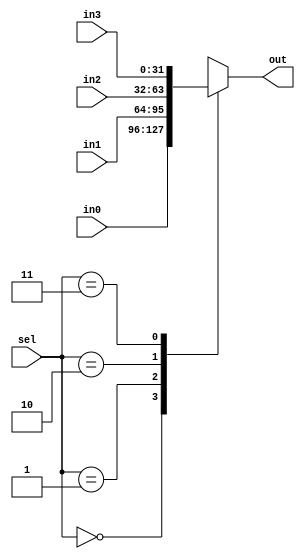
`timescale 1ns / 1ps
//////////////////////////////////////////////////////////////////////////////////
// Company: 
// Engineer: 
// 
// Design Name: 
// Module Name: program_counter_proto
// Project Name: 
// Target Devices: 
// Tool Versions: 
// Description: 
// 
// Dependencies: 
// 
// Revision:
// Revision 0.01 - File Created
// Additional Comments:
// 
//////////////////////////////////////////////////////////////////////////////////
module mux_4to1(in0,in1,in2,in3,sel,out);
input [31:0] in0;
input [31:0] in1;
input [31:0] in2;
input [31:0] in3;
input [1:0] sel;
output reg [31:0] out;

always @*
begin
case(sel)
2'b00 : out = in0;
2'b01 : out = in1;
2'b10 : out = in2;
2'b11 : out = in3;
endcase

end
endmodule

module adder(in0,in1,out);
input  [31:0] in0;
input  [31:0] in1;
output reg [31:0] out;

always @*
out = in0 + in1;
endmodule

module program_counter_proto(clk,reset,PC,imm_ext,PCplus4,PCtarget,PC_ALU_out_JALR,PC_src);
input clk;
input reset;
input [1:0] PC_src;
input [31:0] imm_ext;
wire [31:0] PC_next;
input [31:0] PC_ALU_out_JALR;
output reg [31:0] PC;
output  [31:0] PCplus4;
output  [31:0] PCtarget;

adder a1(PC,32'd4,PCplus4);
adder a2(PC,imm_ext,PCtarget);

mux_4to1 m1(PCplus4,PCtarget,PC_ALU_out_JALR,,PC_src,PC_next);

always @(posedge clk or posedge reset)
begin
if(reset)
PC <= 32'd0;
else
PC <= PC_next;
end


endmodule